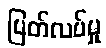
ပြတ်လပ်မှု